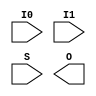
(* abc9_box, blackbox *)
module mux_with_param(input I0, I1, S, output O);
parameter P = 0;
specify
    (I0 => O) = P;
    (I1 => O) = P;
    (S => O) = P;
endspecify
endmodule

module abc9_test040(output O);
  wire w;
  mux_with_param #(.P(1)) m (
    .I0(1'b1),
    .I1(1'b1),
    .O(w),
    .S(1'b0)
  );
endmodule